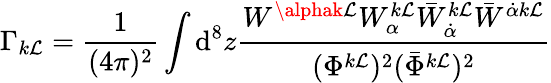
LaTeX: \Gamma_{k\mathcal{L}}=\frac{{1}}{{(4\pi)^{2}}}\int\mathrm{{d}}^{8}z\frac{{W^{\alphak\mathcal{L}}W_{\alpha}^{k\mathcal{L}}\bar{{W}}_{\dot{{\alpha}}}^{k\mathcal{L}}\bar{{W}}^{\dot{{\alpha}}k\mathcal{L}}}}{{(\Phi^{k\mathcal{L}})^{2}(\bar{{\Phi}}^{k\mathcal{L}})^{2}}}